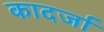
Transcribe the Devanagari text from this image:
कादर्जा